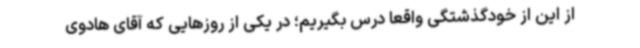
از این از خودگذشتگی واقعا درس بگیریم؛ در یکی از روزهایی که آقای هادوی